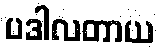
ပဒါလတာယ